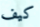
كيف